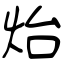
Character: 炲